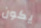
يكون